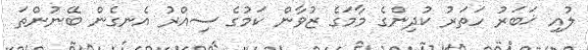
ލުއި ޚަބަރު ހަތަރު ކުދިންގެ މާމަގެ ޒުވާން ކަމުގެ ސިއްރު އެނގެން ބޭނުންތަ